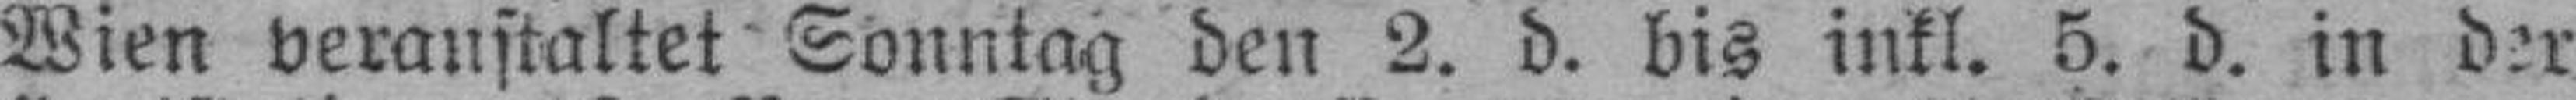
Wien veranstaltet Sonntag den 2. d. bis inkl. 5. d. in der